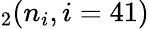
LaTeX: _2(n_{i},i=41)